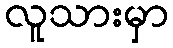
လူသားမှာ